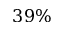
3 9 \%